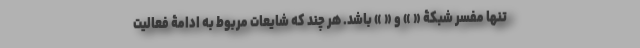
تنها مفسر شبکۀ « » و « » باشد. هر چند که شایعات مربوط به ادامۀ فعالیت